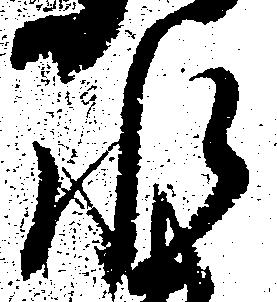
水